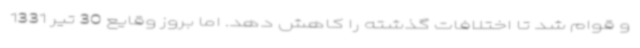
و قوام شد تا اختلافات گذشته را کاهش دهد. اما بروز وقایع 30 تیر 1331